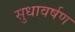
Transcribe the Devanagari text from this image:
सुधावर्षण